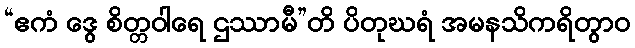
“ဧကံ ဒွေ စိတ္တဝါရေ ဌဿာမီ”တိ ပိတုဃရံ အမနသိကရိတွာဝ